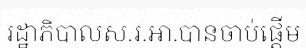
រដ្ឋាភិបាលស.រ.អា.បានចាប់ផ្តើម